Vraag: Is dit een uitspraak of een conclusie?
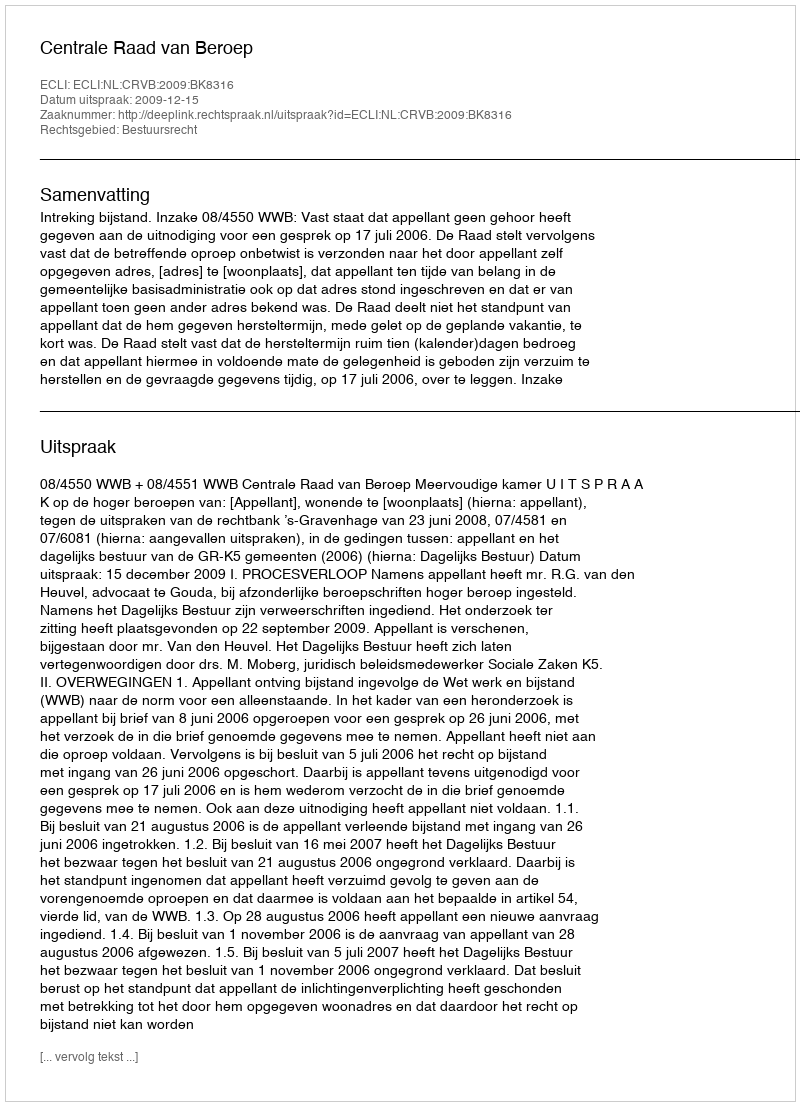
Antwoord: Uitspraak